Lunatic asylums in Bengal annual reports 1912-1924 - 1912-1924
Year: 1912
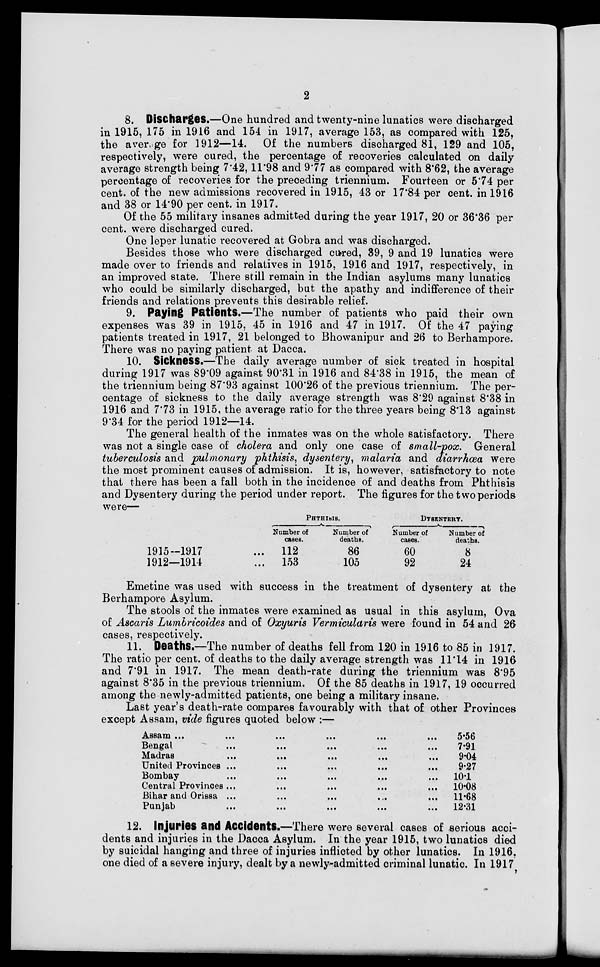
2
8. Discharges.—One hundred and twenty-nine lunatics were discharged
in 1915, 175 in 1916 and 154 in 1917, average 153, as compared with 125,
the average for 1912—14. Of the numbers discharged 81, 129 and 105,
respectively, were cured, the percentage of recoveries calculated on daily
average strength being 7.42, 11.98 and 9.77 as compared with 8.62, the average
percentage of recoveries for the preceding triennium. Fourteen or 5.74 per
cent. of the new admissions recovered in 1915, 43 or 17.84 per cent. in 1916
and 38 or 14.90 per cent. in 1917.
Of the 55 military insanes admitted during the year 1917, 20 or 36.36 per
cent. were discharged cured.
One leper lunatic recovered at Gobra and was discharged.
Besides those who were discharged cured, 39, 9 and 19 lunatics were
made over to friends and relatives in 1915, 1916 and 1917, respectively, in
an improved state. There still remain in the Indian asylums many lunatics
who could be similarly discharged, but the apathy and indifference of their
friends and relations prevents this desirable relief.
9. Paying Patients.—The number of patients who paid their own
expenses was 39 in 1915, 45 in 1916 and 47 in 1917. Of the 47 paying
patients treated in 1917, 21 belonged to Bhowanipur and 26 to Berhampore.
There was no paying patient at Dacca.
10. Sickness.—The daily average number of sick treated in hospital
during 1917 was 89.09 against 90.31 in 1916 and 84.38 in 1915, the mean of
the triennium being 87.93 against 100.26 of the previous triennium. The per-
centage of sickness to the daily average strength was 8.29 against 8.38 in
1916 and 7.73 in 1915, the average ratio for the three years being 8.13 against
9.34 for the period 1912—14.
The general health of the inmates was on the whole satisfactory. There
was not a single case of cholera and only one case of small-pox. General
tuberculosis and pulmonary phthisis, dysentery, malaria and diarrhœa were
the most prominent causes of admission. It is, however, satisfactory to note
that there has been a fall both in the incidence of and deaths from Phthisis
and Dysentery during the period under report. The figures for the two periods
were—
1915—1917 ...
1912—1914 ...
PHTHISIS.
Number of
cases.
112
153
Number of
deaths.
86
105
DYSENTERY.
Number of
cases.
60
92
Number of
deaths.
8
24
Emetine was used with success in the treatment of dysentery at the
Berhampore Asylum.
The stools of the inmates were examined as usual in this asylum, Ova
of Ascaris Lumbricoides and of Oxyuris Vermicularis were found in 54 and 26
cases, respectively.
11. Deaths.—The number of deaths fell from 120 in 1916 to 85 in 1917.
The ratio per cent. of deaths to the daily average strength was 11.14 in 1916
and 7.91 in 1917. The mean death-rate during the triennium was 8.95
against 8.35 in the previous triennium. Of the 85 deaths in 1917, 19 occurred
among the newly-admitted patients, one being a military insane.
Last year's death-rate compares favourably with that of other Provinces
except Assam, vide figures quoted below :—
Assam
...
...
...
...
...
...
Bengal
...
...
...
...
...
Madras
...
...
...
...
...
United Provinces ... ... ... ... ...
Bombay ... ... ... ... ...
Central Provinces ... ... ... ... ...
Bihar and Orissa ... ... ... ... ...
Punjab
...
...
...
...
...
5.56
7.91
9.04
9.27
10.1
10.08
11.68
12.31
12. Injuries and Accidents.—There were several cases of serious acci-
dents and injuries in the Dacca Asylum. In the year 1915, two lunatics died
by suicidal hanging and three of injuries inflicted by other lunatics. In 1916.
one died of a severe injury, dealt by a newly-admitted criminal lunatic. In 1917,